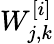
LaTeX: W_{j,k}^{[i]}